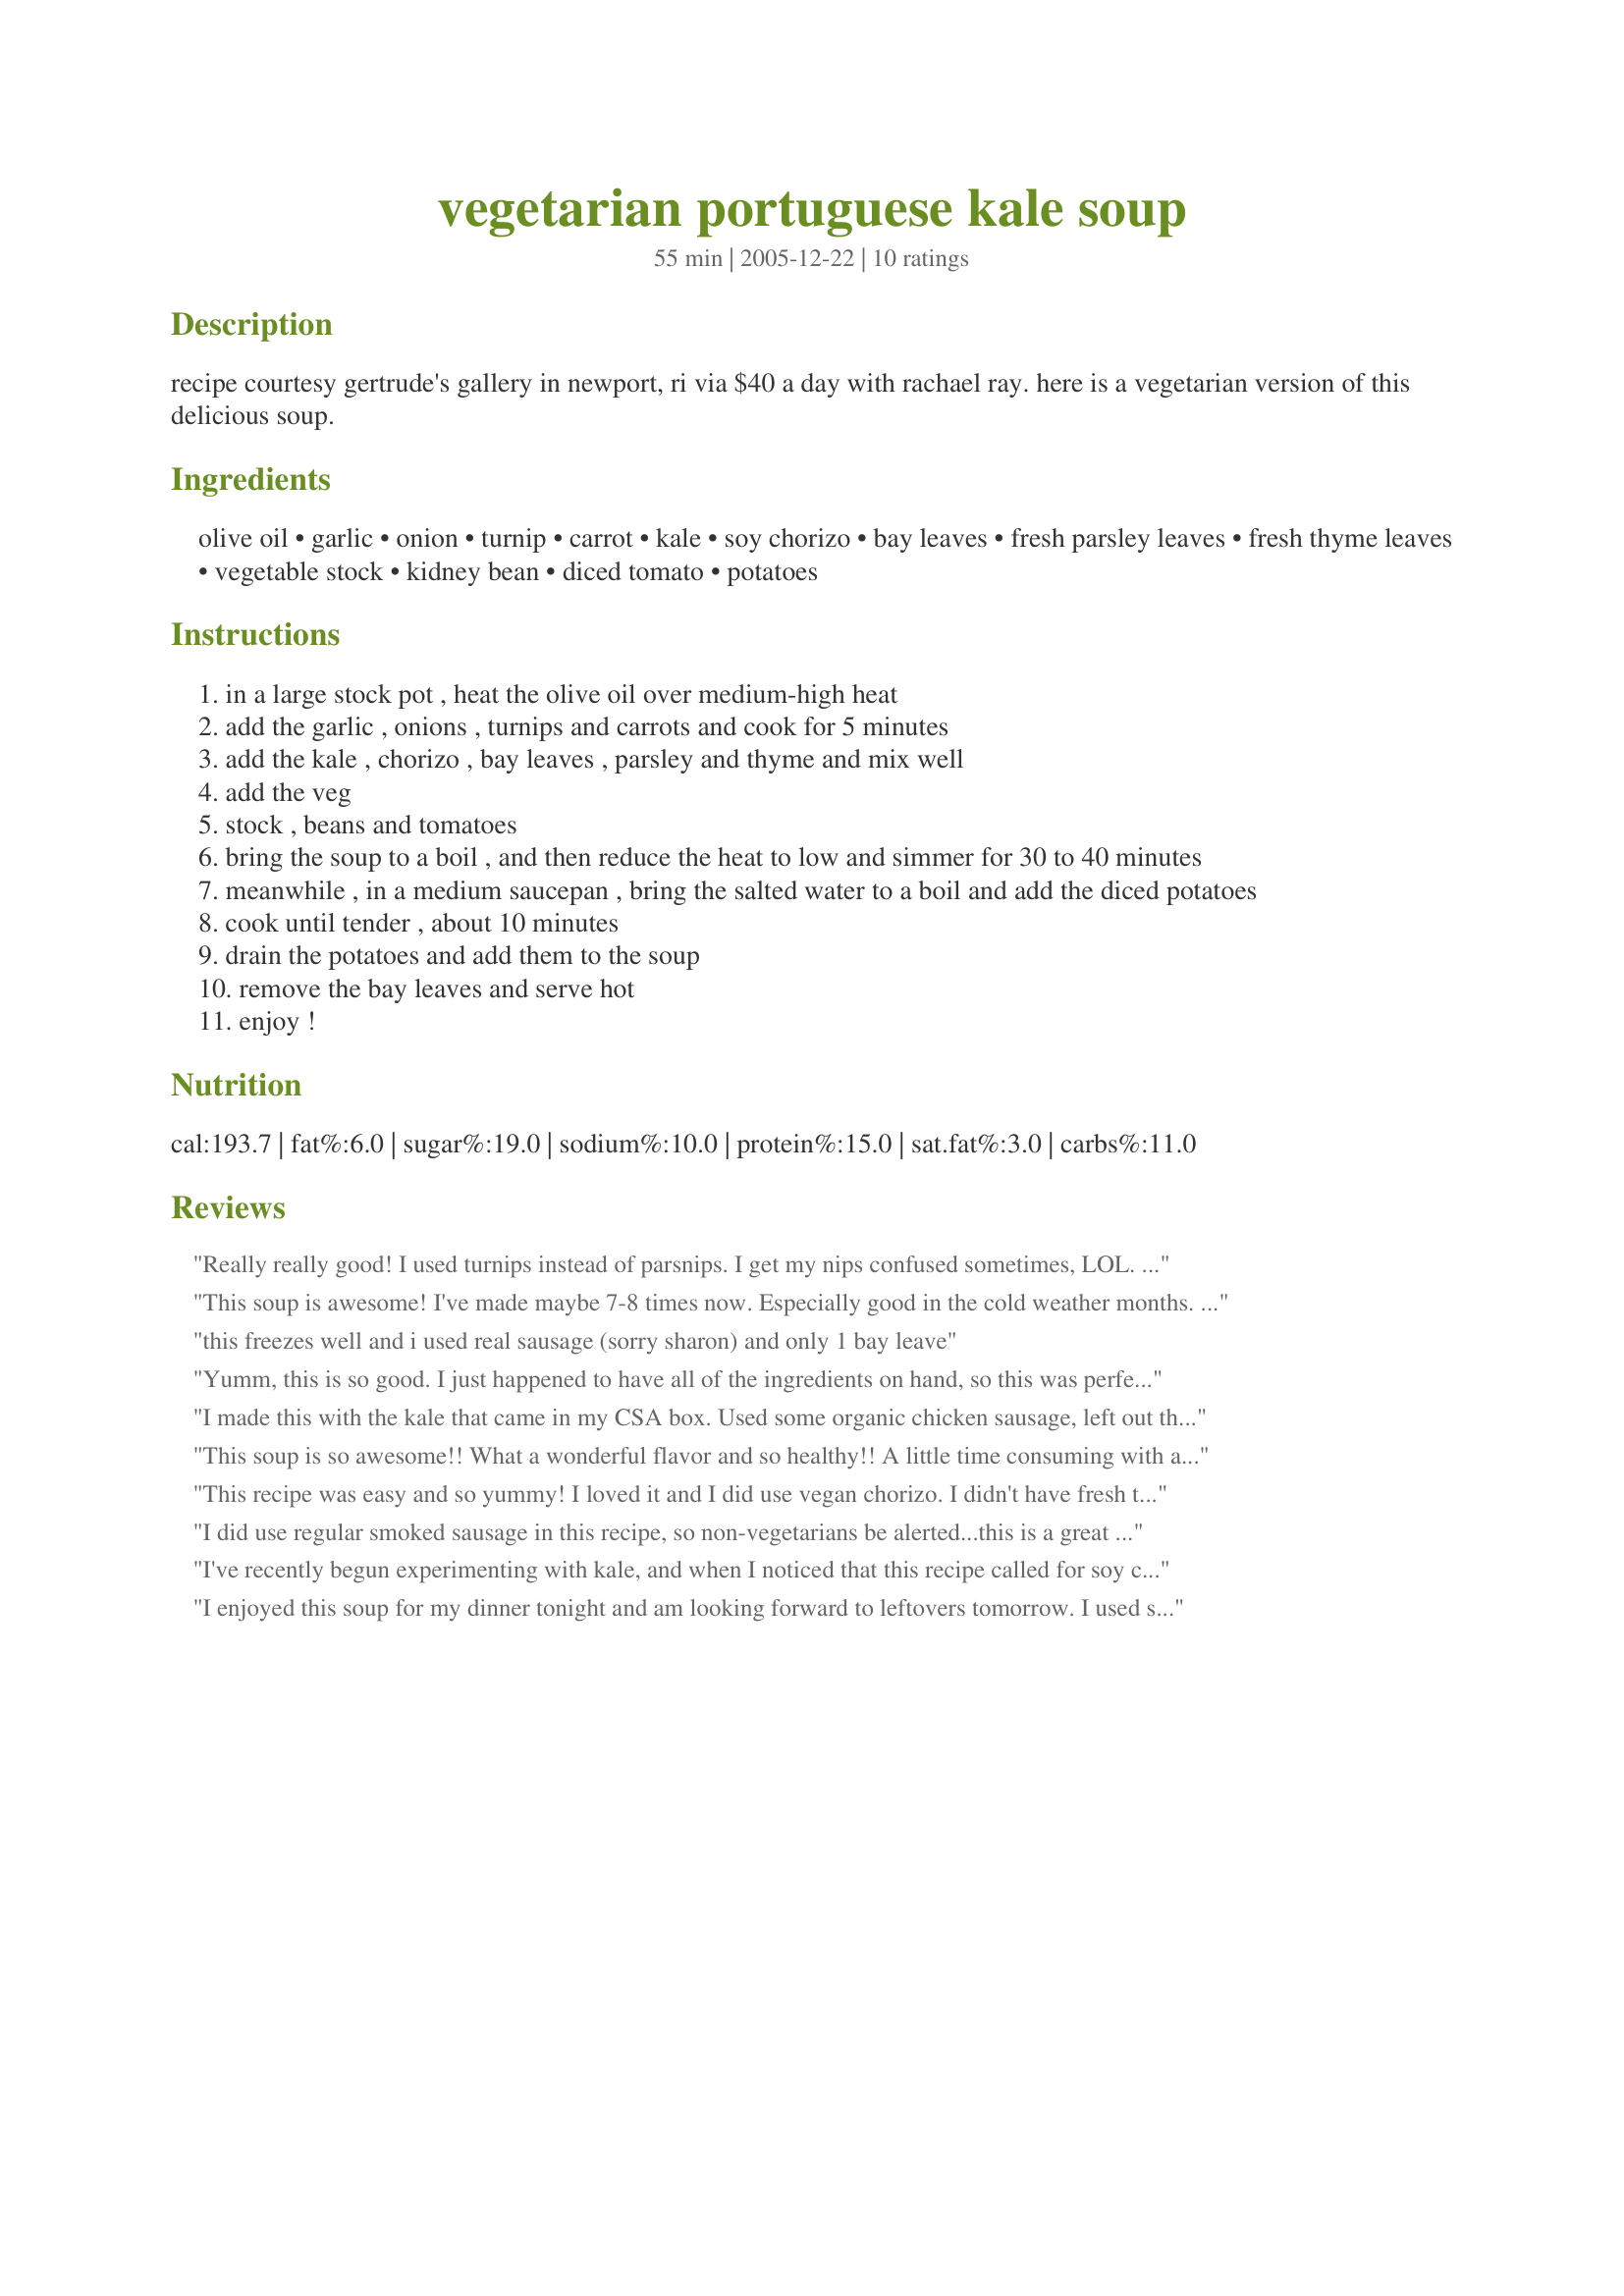
vegetarian portuguese kale soup
Preparation time: 55 minutes

recipe courtesy gertrude's gallery in newport, ri via $40 a day with rachael ray. here is a vegetarian version of this delicious soup.

Ingredients:
olive oil, garlic, onion, turnip, carrot, kale, soy chorizo, bay leaves, fresh parsley leaves, fresh thyme leaves, vegetable stock, kidney bean, diced tomato, potatoes

Steps:
in a large stock pot , heat the olive oil over medium-high heat
add the garlic , onions , turnips and carrots and cook for 5 minutes
add the kale , chorizo , bay leaves , parsley and thyme and mix well
add the veg
stock , beans and tomatoes
bring the soup to a boil , and then reduce the heat to low and simmer for 30 to 40 minutes
meanwhile , in a medium saucepan , bring the salted water to a boil and add the diced potatoes
cook until tender , about 10 minutes
drain the potatoes and add them to the soup
remove the bay leaves and serve hot
enjoy !

Reviews:
Really really good! I used turnips instead of parsnips. I get my nips confused sometimes, LOL. My brother-in-law who is from Honduras said it tasted just like his mom used to make. :) I'd say that's a compliment. I think it would be good with malanga, yucca, any other root veggies, sweet potatoes etc. Go crazy with it. Seems like a no-fail recipe.
This soup is awesome! I've made maybe 7-8 times now. Especially good in the cold weather months. I get soy Chorizo at Trader Joes. Use dry thyme most of the time. Very flavorful and hearty soup Change up whatever and you will still love it.
this freezes well and i used real sausage (sorry sharon) and only 1 bay leave
Yumm, this is so good. I just happened to have all of the ingredients on hand, so this was perfect. It's easy to make and was really tasty. Thanks for posting!
I made this with the kale that came in my CSA box. Used some organic chicken sausage, left out the beans, added sweet potato, and didn't cook the potato separately. Turned out really tasty. I like the flexibility of adding whatever vegetables I have.
This soup is so awesome!! What a wonderful flavor and so healthy!! A little time consuming with all the chopping but so worth it!!
This recipe was easy and so yummy! I loved it and I did use vegan chorizo. I didn't have fresh thyme or parsley so I used dried. I also did not have turnips and used celery instead. I will make this again! Thanks Sharon.
I did use regular smoked sausage in this recipe, so non-vegetarians be alerted...this is a great soup! Our stomachs and our hearts were warmed by eating this fabulous soup. It was hearty, but not heavy, and the broth was full of rich, smoky, tomatoey flavors. Kale is so much better for soup than spinach, since it holds up with a pleasing texture. We loved this recipe Sharon!

I've recently begun experimenting with kale, and when I noticed that this recipe called for soy chorizo, I had to try it. I just love the flavor of soy chorizo. I used dried herbs since that's what I had on hand, but other than that, I followed the recipe exactly. This was my first time cooking with turnips, and I loved the bit of crunch. The combination of the velvety broth with the textures of the veggies is very appealing. Thanks for posting! Deelish!
I enjoyed this soup for my dinner tonight and am looking forward to leftovers tomorrow. I used soyrizo. The only substitution that I made was to use dried thyme in place of fresh since I didn&#039;t have any on hand. I especially like the turnips in this soup, and as another reviewer pointed out, I was pleased how the kale holds up in the dish. Thanks!
